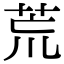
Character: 荒